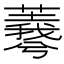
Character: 𦏡